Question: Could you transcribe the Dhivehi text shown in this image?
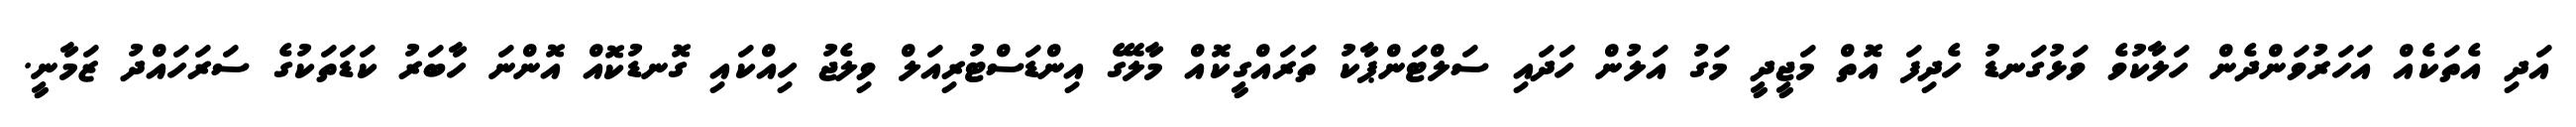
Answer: އަދި އެތަކެއް އަހަރުވަންދެން ހަލާކުވެ ވަޅުގަނޑު ހެދިފަ އޮތް މަޖީދީ މަގު އަލުން ހަދައި ސަލްޓަންޕާކު ތަރައްގީކޮއް މާލޭގެ އިންޑަސްޓުރިއަލް ވިލެޖު ހިއްކައި ގޮނޑުކޮއް އޮންނަ ހާބަރު ކަޑަތަކުގެ ސަރަހައްދު ޒަމާނީ.